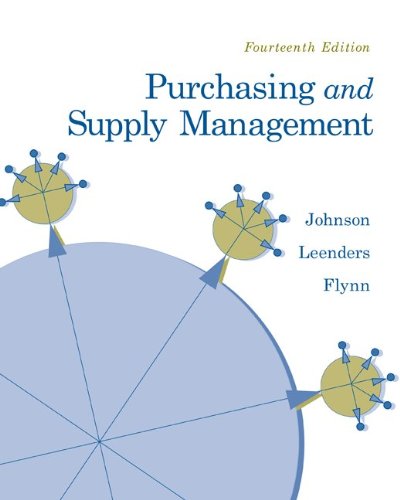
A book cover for Purchasing and Supply Management (McGraw-Hill/Irwin Series Operations and Decision Sciences); P. Fraser Johnson; Business & Money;